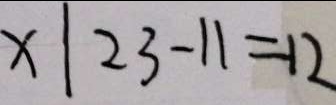
x \vert 2 3 - 1 1 = 1 2